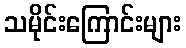
သမိုင်းကြောင်းများ